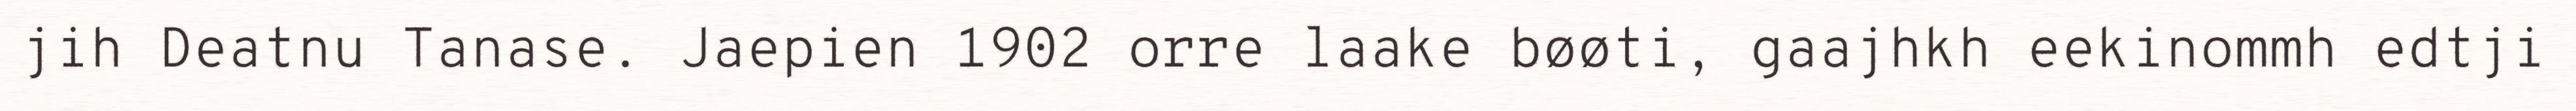
jih Deatnu Tanase. Jaepien 1902 orre laake bøøti, gaajhkh eekinommh edtji